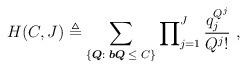
LaTeX: \begin{align*}H(C,J) \triangleq \sum_{\left\{ {\boldsymbol{Q}:\;{\boldsymbol b}\boldsymbol{Q}\; \leq\; C} \right\}}{\prod\nolimits_{j = 1}^J {\frac{{q_j^{{Q^j}}}}{{{Q^j}!}}} } \centering\ ,\end{align*}